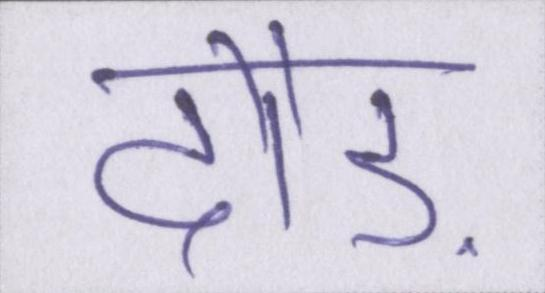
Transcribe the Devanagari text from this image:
दौड़